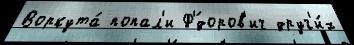
Воркута́ попал'и Ф'́доров'ич друг'и́х